Standardisation of Calmette's anti-venomous serum with pure cobra venom - Number 1
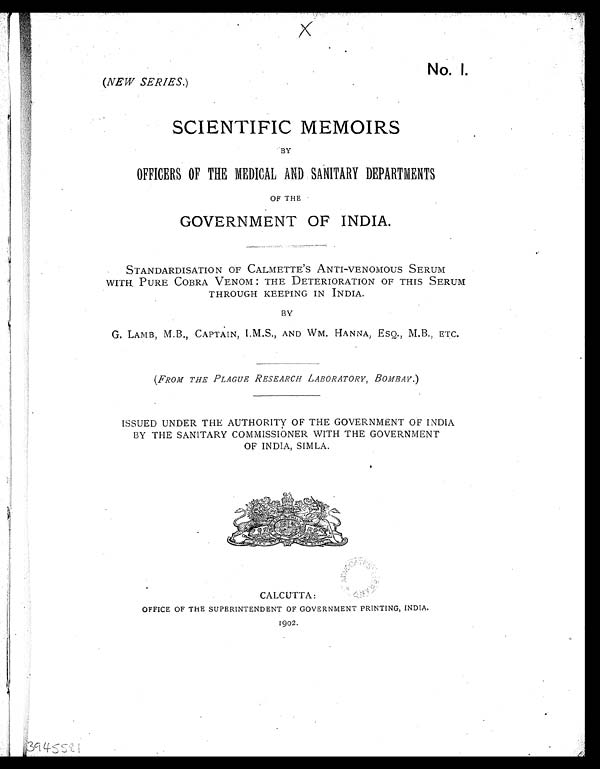
No. 1.
(NEW SERIES. )
SCIENTIFIC MEMOIRS
BY
OFFICERS OF THE MEDICAL AND SANITARY DEPARTMENTS
OF THE
GOVERNMENT OF INDIA.
STANDARDISATION OF CALMETTE' S ANTI-VENOMOUS SERUM
WITH, PURE COBRA VENOM: THE DETERIORATION OF THIS SERUM
THROUGH KEEPING IN INDIA.
BY
G. LAMB, M.B., CAPTAIN, I.M.S., AND WM. HANNA, ESQ., M.B., ETC.
( FROM THE PLAGUE RESEARCH LABORATORY, BOMBAY. )
ISSUED UNDER THE AUTHORITY OF THE GOVERNMENT OF INDIA
BY THE SANITARY COMMISSIONER WITH THE GOVERNMENT
OF INDIA, SIMLA.
CALCUTTA:
OFFICE OF THE SUPERINTENDENT OF GOVERNMENT PRINTING, INDIA.
1902.